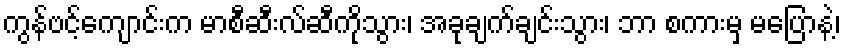
ကွန်ဗင့်ကျောင်းက မာစီဆီးလ်ဆီကိုသွား၊ အခုချက်ချင်းသွား၊ ဘာ စကားမှ မပြောနဲ့၊